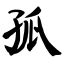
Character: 孤